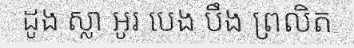
ដូង ស្លា អូរ បេង បឹង ព្រលិត